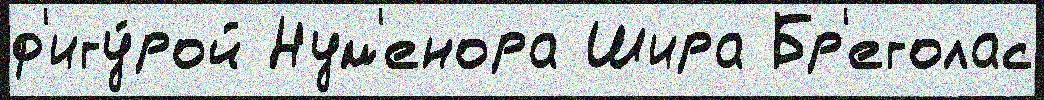
ф'игу́рой Нум'енора Шира Бр'еголас